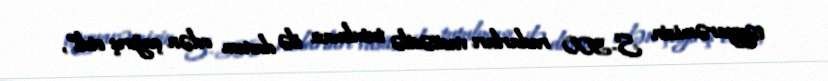
təyyarəmizin S-300 radarları vasitəsilə tutulması ilə davam edən çağırış etdi”,